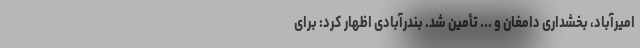
امیرآباد، بخشداری دامغان و ... تأمین شد. بندرآبادی اظهار کرد: برای